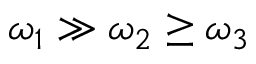
\omega _ { 1 } \gg \omega _ { 2 } \ge \omega _ { 3 }